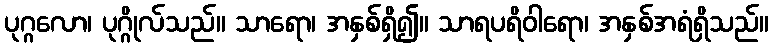
ပုဂ္ဂလော၊ ပုဂ္ဂိုလ်သည်။ သာရော၊ အနှစ်ရှိ၍။ သာရပရိဝါရော၊ အနှစ်အရံရှိသည်။